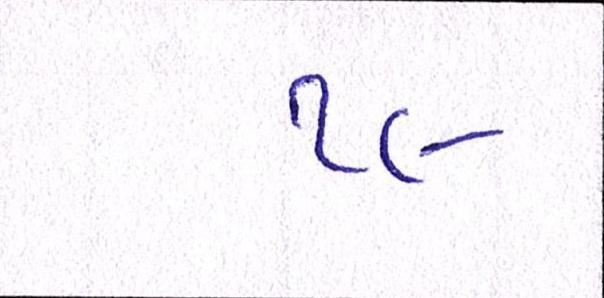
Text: ૧૯